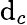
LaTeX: \mathrm{d}_{c}